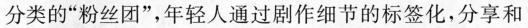
分类的”粉丝团”，年轻人通过剧作细节的标签化，分享和